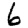
Digit: 6